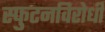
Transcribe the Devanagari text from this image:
स्‍फुटनविरोधी